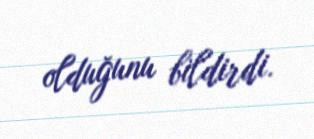
olduğunu bildirdi.